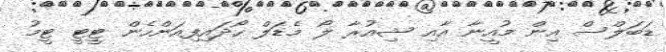
ޑަބަލްސް އިން މުއީނާ އާއި ޝިއުރާ ލޯ މެޑަލް ހޯދައިފިއަންހެން ޓީޓީ ޓީމު